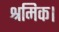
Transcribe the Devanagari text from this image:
श्रमिक।